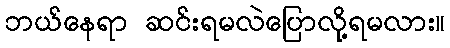
ဘယ်နေရာ ဆင်းရမလဲပြောလို့ရမလား။